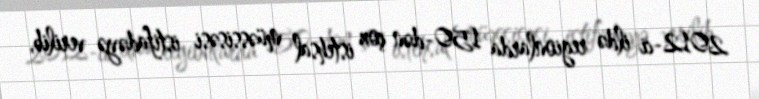
2012-ci ildə regionlarda 150-dən çox istehsal müəssisəsi istifadəyə verilib,